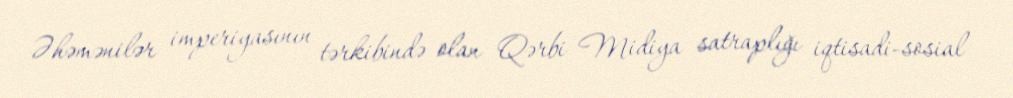
Əhəmənilər imperiyasının tərkibində olan Qərbi Midiya satraplığı iqtisadi-sosial